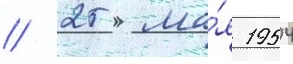
// 25 ма́я 1954